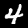
Digit: 4